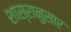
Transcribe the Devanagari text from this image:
शास्रानुसार